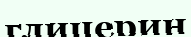
глицерин